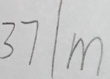
3 7 / m